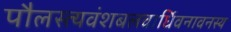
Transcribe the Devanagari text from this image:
पौलस्त्यवंशबलवार्धिवनावनस्य